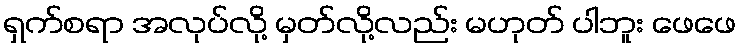
ရှက်စရာ အလုပ်လို့ မှတ်လို့လည်း မဟုတ် ပါဘူး ဖေဖေ